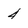
Character: 4